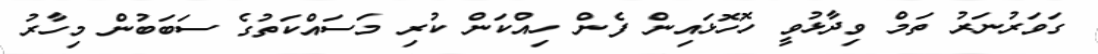
ގަވަރުނަރު ތަމް ވިދާޅުވީ ހޮހޮޅައިން ފެން ހިއްކަން ކުރި މަސައްކަތުގެ ސަބަބުން މިހާރު